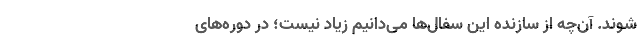
شوند. آن‌چه از سازنده این سفال‌ها می‌دانیم زیاد نیست؛ در دوره‌های